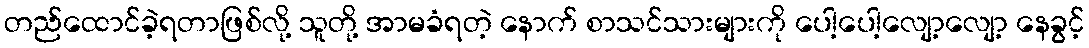
တည်ထောင်ခဲ့ရတာဖြစ်လို့ သူတို့ အာမခံရတဲ့ နောက် စာသင်သားများကို ပေါ့ပေါ့လျော့လျော့ နေခွင့်